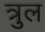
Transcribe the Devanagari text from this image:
त्रुल